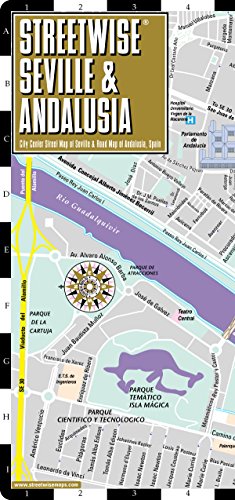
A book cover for Streetwise Seville Map - Laminated City Center Street Map of Seville, Spain (Streetwise (Streetwise Maps)); Streetwise Maps Inc.; Travel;